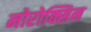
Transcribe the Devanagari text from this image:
नोरोक्सिन